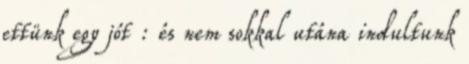
ettünk egy jót : és nem sokkal utána indultunk